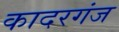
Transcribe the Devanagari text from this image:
कादरगंज